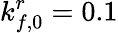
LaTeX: k_{f,0}^{r}=0.1